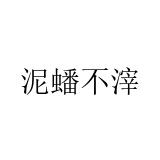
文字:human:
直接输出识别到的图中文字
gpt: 泥蟠不滓